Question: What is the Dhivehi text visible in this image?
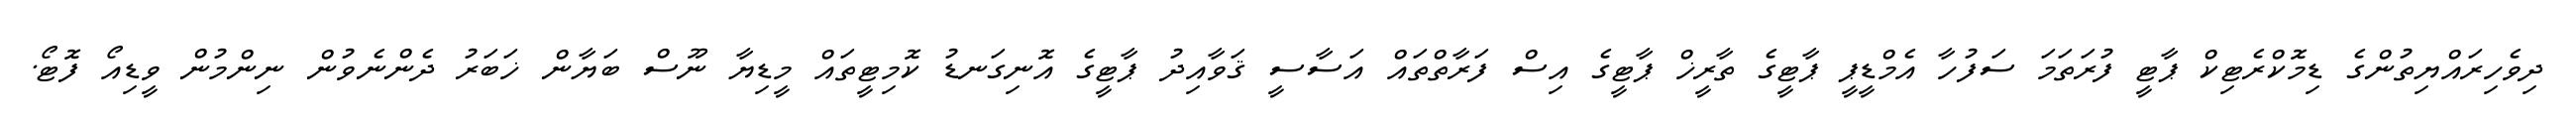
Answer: ދިވެހިރައްޔިތުންގެ ޑިމޮކްރެޓިކް ޕާޓީ ފުރަތަމަ ސަފުހާ އެމްޑީޕީ ޕާޓީގެ ތާރީޚް ޕާޓީގެ އިސް ފަރާތްތައް އަސާސީ ޤަވާއިދު ޕާޓީގެ އޮނިގަނޑު ކޮމިޓީތައް މީޑިޔާ ނޫސް ބަޔާން ޚަބަރު ދެންނެވުން ނިންމުން ވީޑިއޯ ފޮޓޯ.